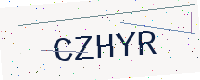
Text: CZHYR